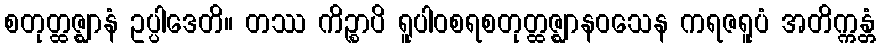
စတုတ္ထဇ္ဈာနံ ဥပ္ပါဒေတိ။ တဿ ကိဉ္စာပိ ရူပါဝစရစတုတ္ထဇ္ဈာနဝသေန ကရဇရူပံ အတိက္ကန္တံ